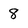
Character: 8